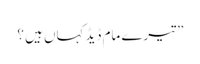
” تیرے مام ڈیڈ کہاں ہیں ؟